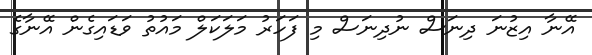
އޭނާ އިޒުނަ ދިނަސް ނުދިނަސް މި ފަހަރު މަލަކަލް މައުތު ވަޑައިގެން އޭނާގެ